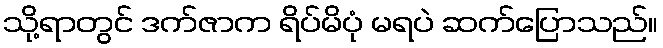
သို့ရာတွင် ဒက်ဇာက ရိပ်မိပုံ မရပဲ ဆက်ပြောသည်။